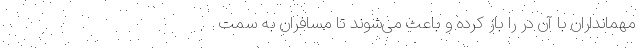
مهمانداران با آن در را باز کرده و باعث می‌شوند تا مسافران به سمت